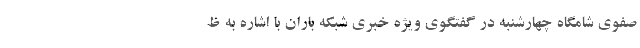
صفوی شامگاه چهارشنبه در گفتگوی ویژه خبری شبکه باران با اشاره به ظ